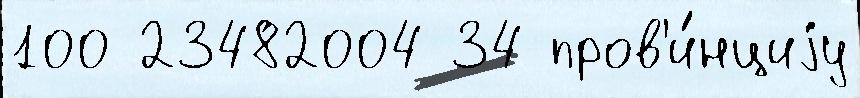
100 23482004 34 пров'и́нциjу